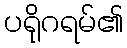
ပရိုဂရမ်၏